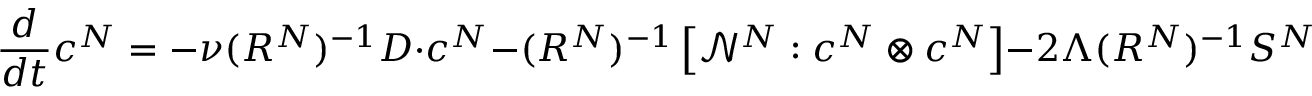
\frac { d } { d t } c ^ { N } = - \nu ( R ^ { N } ) ^ { - 1 } D \cdot c ^ { N } - ( R ^ { N } ) ^ { - 1 } \left[ \mathcal { N } ^ { N } : c ^ { N } \otimes c ^ { N } \right] - 2 \Lambda ( R ^ { N } ) ^ { - 1 } S ^ { N } ( t , c ^ { N } )